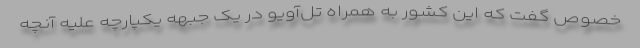
خصوص گفت که این کشور به همراه تل‌آویو در یک جبهه یکپارچه علیه آنچه